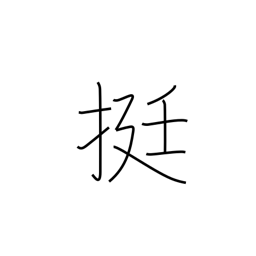
Meaning: counter for guns, inksticks, palanquins, rickshaws